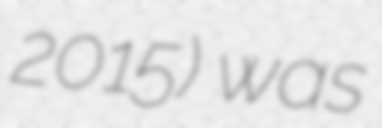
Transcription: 2015) was